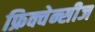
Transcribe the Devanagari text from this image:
फ्रिक्वेन्सीज